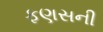
ફણસની